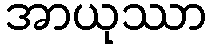
အာယုဿာ